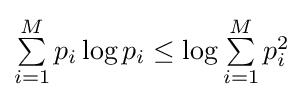
\textstyle \sum \limits _{i=1}^{M}{p_{i}\log p_{i}}\leq \log \sum \limits _{i=1}^{M}{p_{i}^{2}}